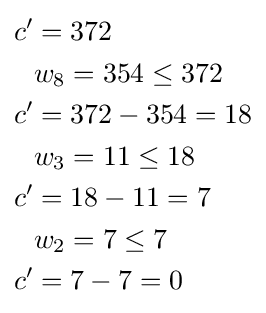
{\begin{aligned}c'&=372\\&w_{8}=354\leq 372\\c'&=372-354=18\\&w_{3}=11\leq 18\\c'&=18-11=7\\&w_{2}=7\leq 7\\c'&=7-7=0\end{aligned}}